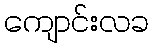
ကျောင်းလခ